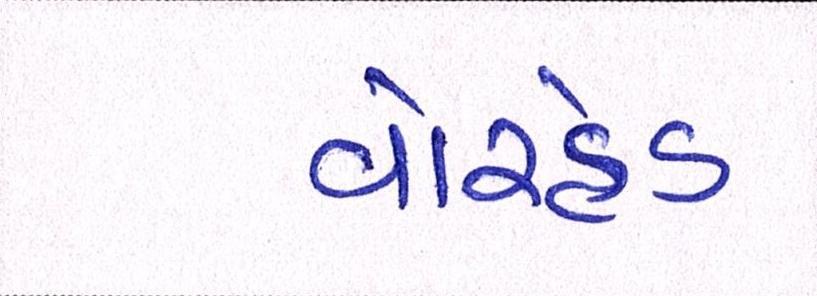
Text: વોરહેડ